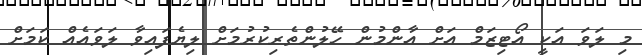
މި ލަވަ އަކީ އޯޓިޒަމް އަށް އާންމުން ހޭލުންތެރިކުރުމަށް ލިޔެފައިވާ ލަވައެއް ކަމަށް